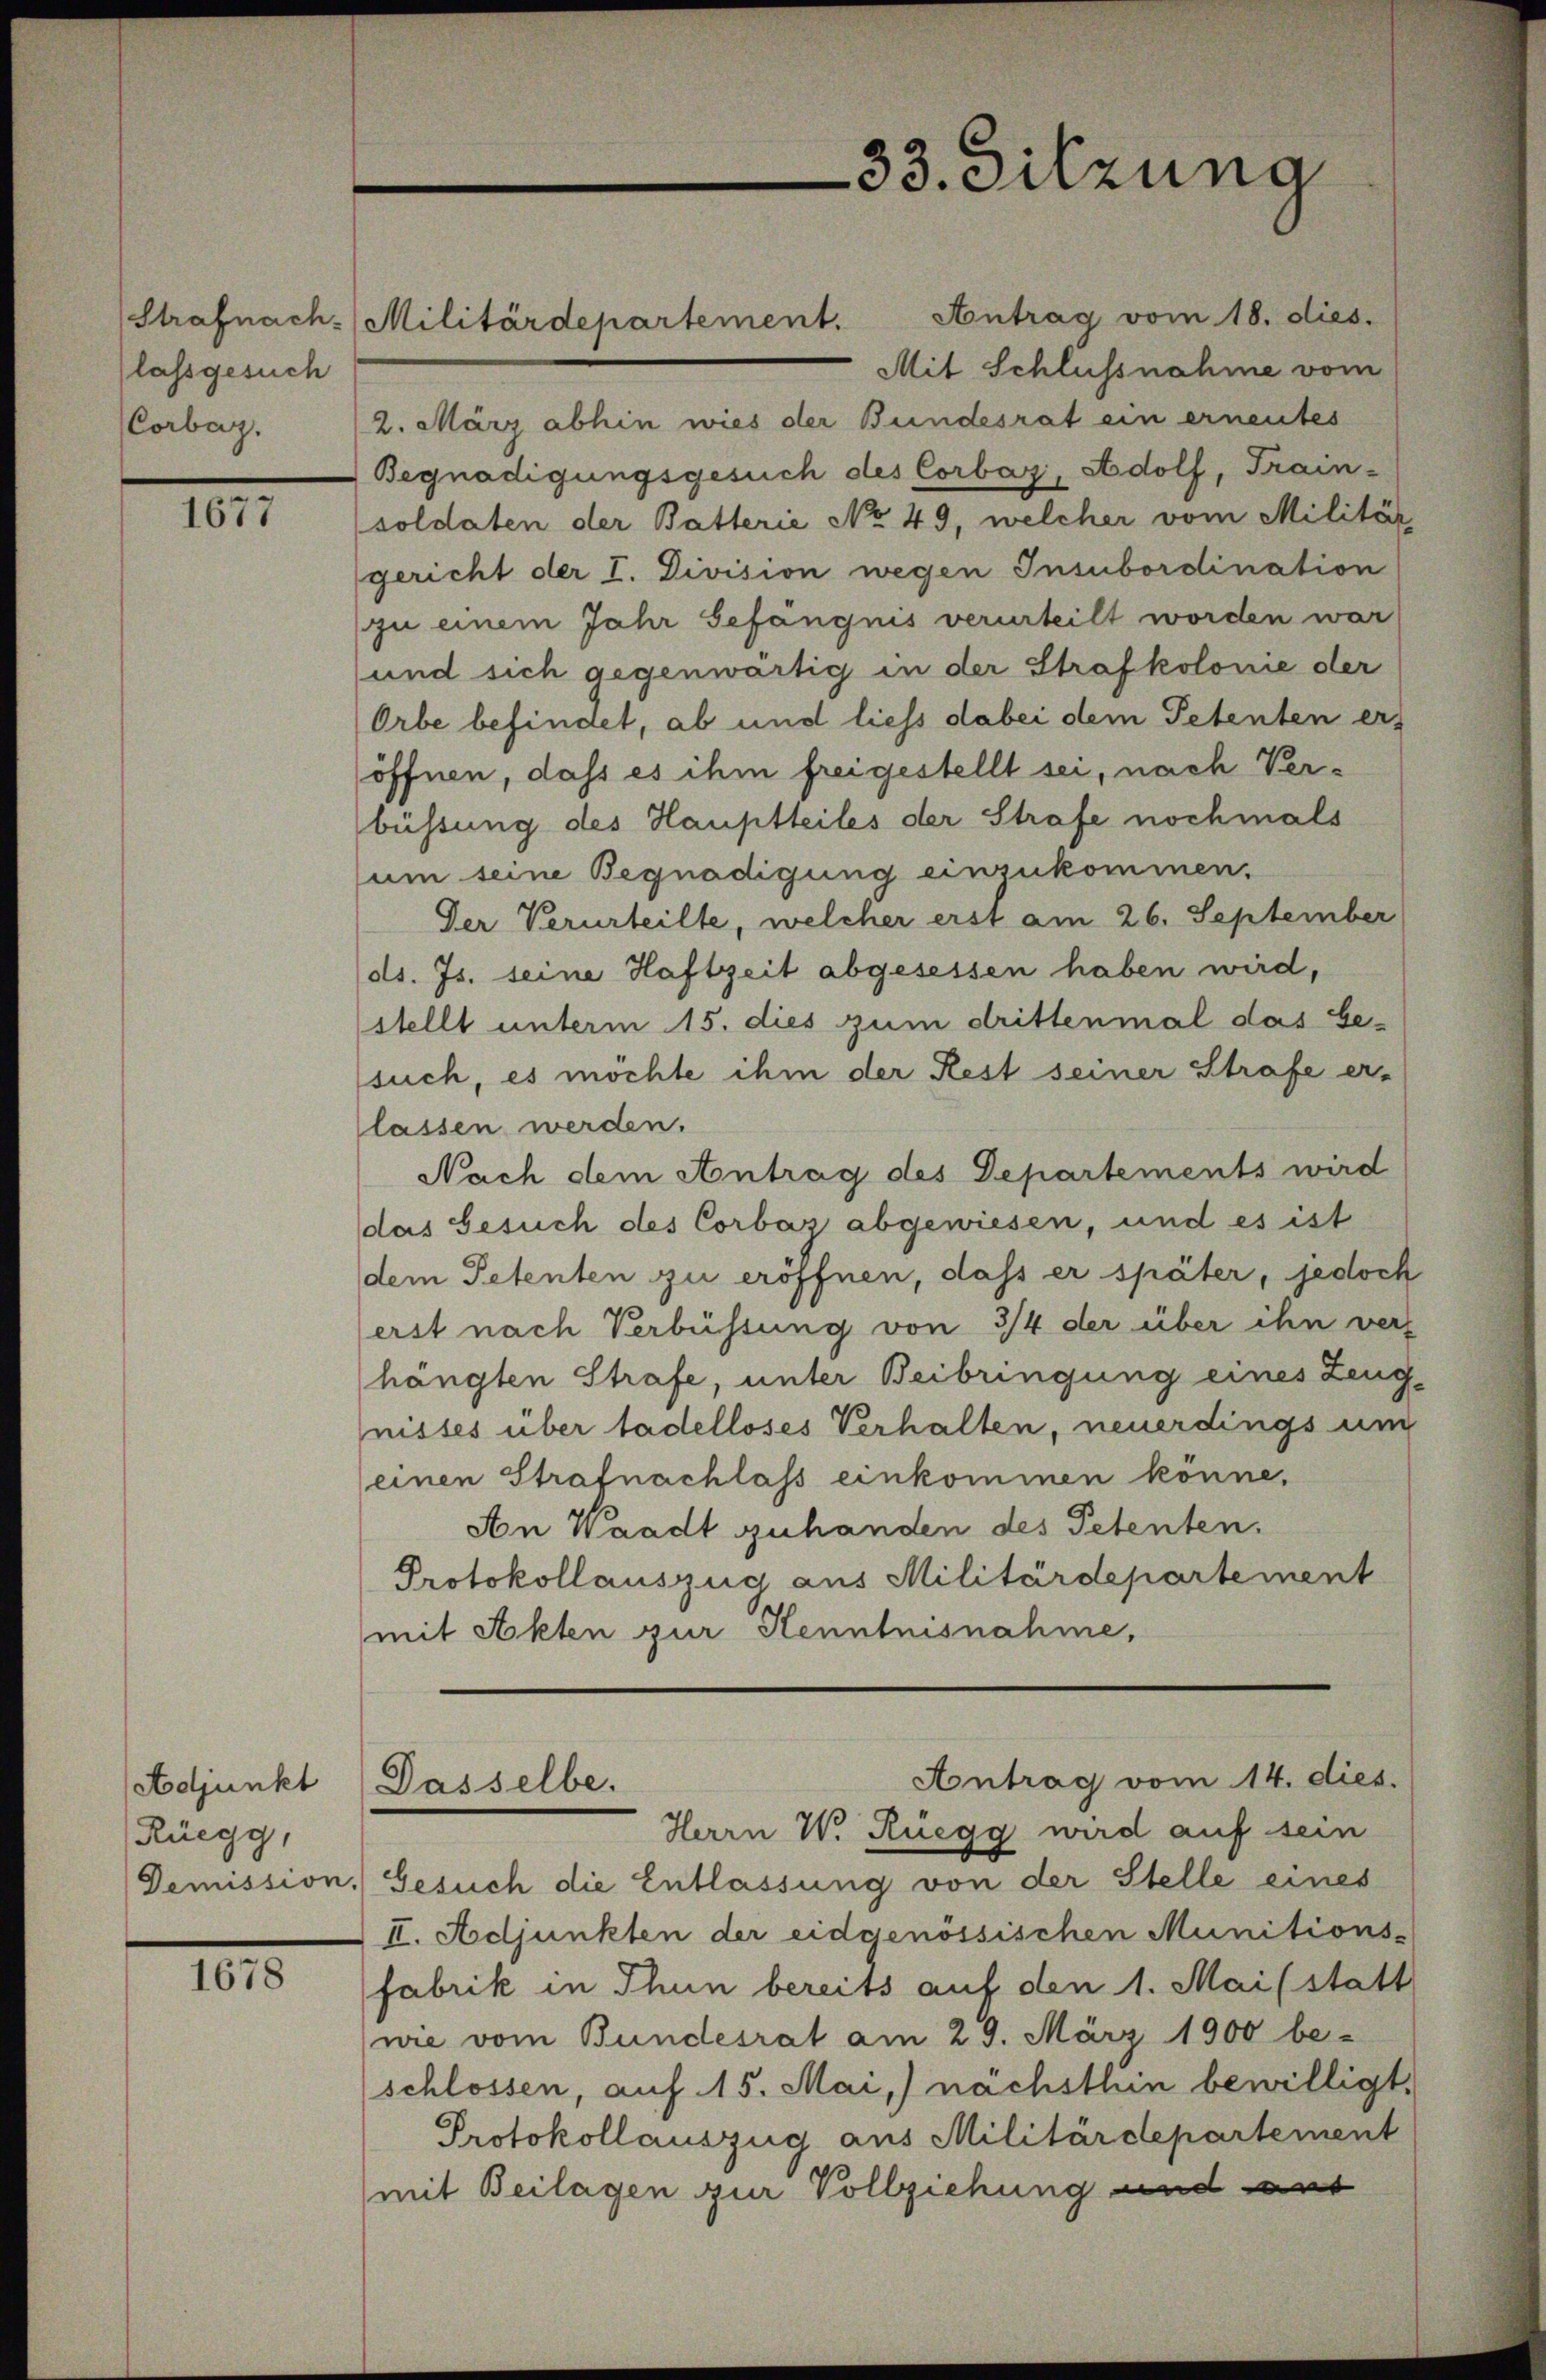
Strafnach-
lassgesuch
Corbaz.

1677

Adjunkt
Rüegg,

1678

Mit Schlussnahme vom
2. März abhin wies der Bundesrat ein ernentes
Begnadigungsgesuch des Corbar, Adolf, Train-
soldaten der Batterie No 49, welcher vom Militär
gericht der I. Division wegen Insubordination
zu einem Jahr Gefängnis verurteilt worden war
und sich gegenwärtig in der Strafkolonie der
Orbe befindet, ab und liess dabei dem Petenten eröffnen, dass es ihm freigestellt sei, nach Verbüssung des Hauptteiles der Strafe nochmals
um seine Begnadigung einzukommen.
Der Verurteilte, welcher erst am 26. September
ds. Js. seine Haftzeit abgesessen haben wird,
stellt unterm 15. dies zum drittenmal das Gesuch, es möchte ihm der Rest seiner Strafe er-
lassen werden.
Nach dem Antrag des Departements wird
das Gesuch des Corbaz abgewiesen, und es ist
dem Petenten zu eröffnen, dass er später, jedoch
erst nach Verbüssung von 3/4 der über ihn vers
hängten Strafe, unter Beibringung eines Zeug
nisses über tadelloses Verhalten, neuerdings un
einen Strafnachlass einkommen könne,
An Waadt zuhanden des Petenten.
Protokollauszug aus Militärdepartement
mit Akten zur Kenntnisnahme,
Antrag vom 14. dies.
Dasselbe.
Herrn W. Rüegg wird auf sein
Demission. Gesuch die Entlassung von der Stelle eines
II. Adjunkten der eidgenössischen Munitions-
fabrik in Thun bereits auf den 1. Mai (statt
wie vom Bundesrat am 29. März 1900 be-
schlossen, auf 15. Mai,) nächsthin bewilligt.
Protokollauszug aus Militärdepartement
mit Beilagen zur Vollziehung und aut

Militärdepartement. Antrag vom 18. dies.

33. Sitzung